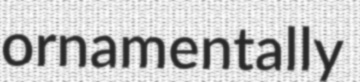
ornamentally